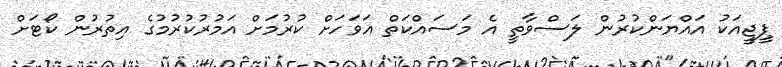
ޕީޖީއަކު އައްޔަންކުރުން ލަސްވާތީ އެ މަސައްކަތް އަވަހަށް ކުރުމަށް އަމުރުކުރުމުގެ އިތުރުން ކޯޓަށް